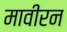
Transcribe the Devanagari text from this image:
मावीरन